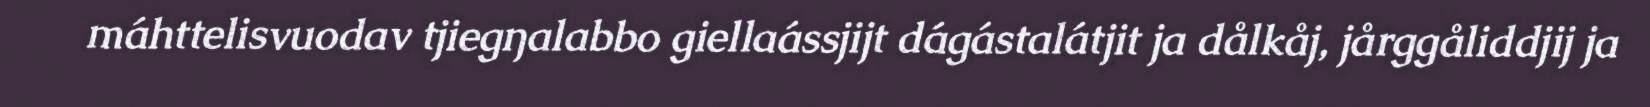
máhttelisvuodav tjiegŋalabbo giellaássjijt dágástalátjit ja dålkåj, jårggåliddjij ja